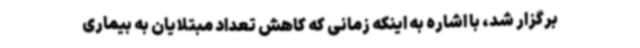
برگزار شد، با اشاره به اینکه زمانی که کاهش تعداد مبتلایان به بیماری